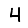
Digit: 4